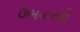
ઉભયજવી